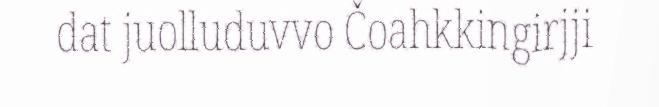
dat juolluduvvo Čoahkkingirjji